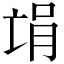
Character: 𫡻